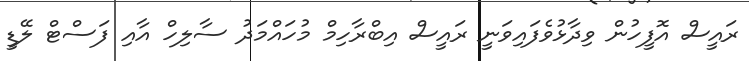
ރައީސް އޮފީހުން ވިދާޅުވެފައިވަނީ ރައީސް އިބްރާހިމް މުހައްމަދު ސާލިހް އާއި ފަސްޓް ލޭޑީ